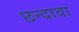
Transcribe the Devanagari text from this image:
छन्दावा